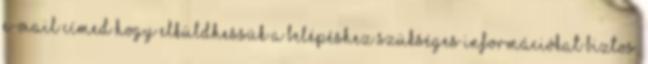
e-mail címed hogy elküldhessük a belépéshez szükséges információkat Biztos,